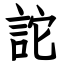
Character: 詑